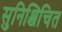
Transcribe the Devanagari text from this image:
सुनिश्चिचित